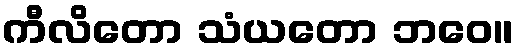
ကီလိတော သံယတော ဘဝေ။